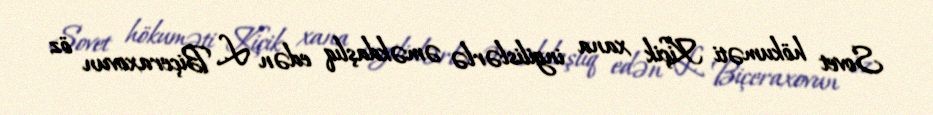
Sovet hökuməti Kiçik xana ingilislərlə əməkdaşlıq edən L. Biçeraxovun öz